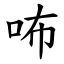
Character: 咘